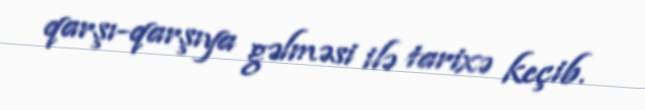
qarşı-qarşıya gəlməsi ilə tarixə keçib.